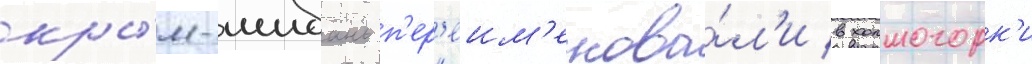
кры́м-шибань п'ер'еим'енова́л'и в холмогорк'и